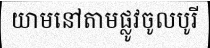
យាមនៅតាមផ្លូវចូលបូរី